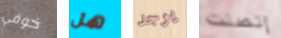
خوفي هل يوجد إتصلت